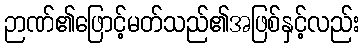
ဉာဏ်၏ဖြောင့်မတ်သည်၏အဖြစ်နှင့်လည်း